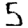
Digit: 5